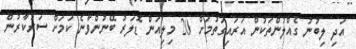
އަދި ލިބުނު ގެއްލުންތަކުން އަރައިގަތުމަށް 20 މިލިއަން ޑޮލަރު ބޭނުންވާނެ ކަމަށް ސަރުކާރުން